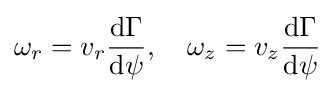
\omega _{r}=v_{r}{\frac {\mathrm {d} \Gamma }{\mathrm {d} \psi }},\quad \omega _{z}=v_{z}{\frac {\mathrm {d} \Gamma }{\mathrm {d} \psi }}